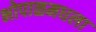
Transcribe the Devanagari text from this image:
भोपाळमधला